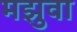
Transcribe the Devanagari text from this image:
मझुवा